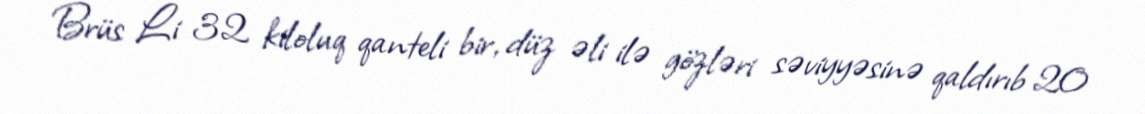
Brüs Li 32 kiloluq qanteli bir, düz əli ilə gözləri səviyyəsinə qaldırıb 20